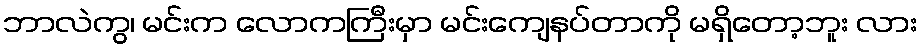
ဘာလဲကွ၊ မင်းက လောကကြီးမှာ မင်းကျေနပ်တာကို မရှိတော့ဘူး လား